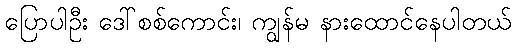
ပြောပါဦး ဒေါ်စစ်ကောင်း၊ ကျွန်မ နားထောင်နေပါတယ်